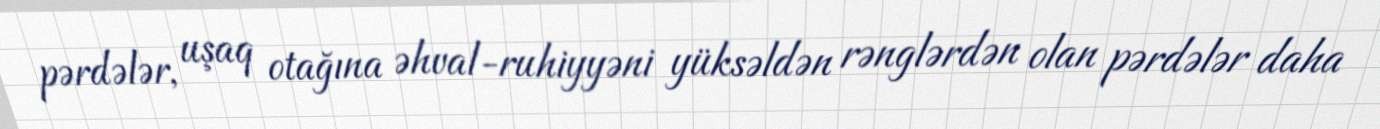
pərdələr, uşaq otağına əhval-ruhiyyəni yüksəldən rənglərdən olan pərdələr daha